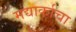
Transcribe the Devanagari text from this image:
मद्यार्काचा